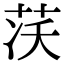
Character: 𦮮